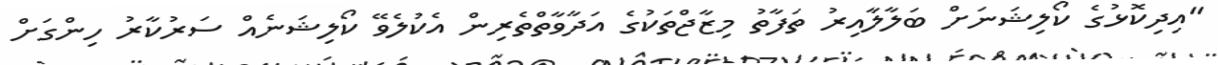
"އިދިކޮޅުގެ ކޯލިޝަނަށް ބަލާލާއިރު ތަފާތު މިޒާޖްތަކުގެ އަދާވާތްތެރިން އެކުލެވޭ ކޯލިޝަނެއް ސަރުކާރު ހިންގަށް